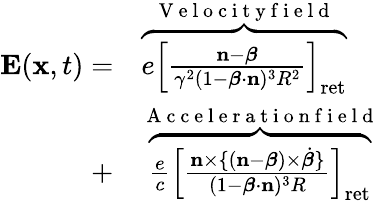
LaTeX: \begin{array}{rl}{\mathbf{E}(\mathbf{x},t)=}&{{}\overbrace{e\left[\frac{\mathbf{n}-\boldsymbol{\beta}}{\gamma^{2}(1-\boldsymbol{\beta}\cdot\mathbf{n})^{3}R^{2}}\right]_{\mathrm{ret}}}^{\mathrm{~V~e~l~o~c~i~t~y~f~i~e~l~d~}}}\\ {+}&{{}\overbrace{\frac{e}{c}\left[\frac{\mathbf{n}\times\{ (\mathbf{n}-\boldsymbol{\beta})\times\dot{\boldsymbol{\beta}}\} }{(1-\boldsymbol{\beta}\cdot\mathbf{n})^{3}R}\right]_{\mathrm{ret}}}^{\mathrm{~A~c~c~e~l~e~r~a~t~i~o~n~f~i~e~l~d~}}}\end{array}